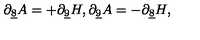
\partial _ { \underline { { 8 } } } A = + \partial _ { \underline { { 9 } } } H , \partial _ { \underline { { 9 } } } A = - \partial _ { \underline { { 8 } } } H ,